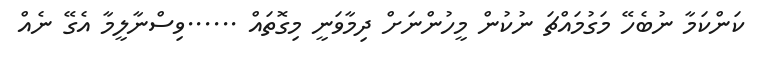
ކަންކަމާ ނުބެހޭ މަގުމައްޗަ ނުކުން މީހުންނަށް ދިމާވަނީ މިގޮތައް ......ވިސްނާލީމާ އެގޭ ނެއް